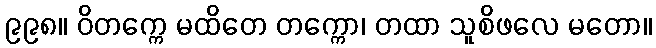
၉၉၈။ ဝိတက္ကေ မထိတေ တက္ကော၊ တထာ သူစိဖလေ မတော။